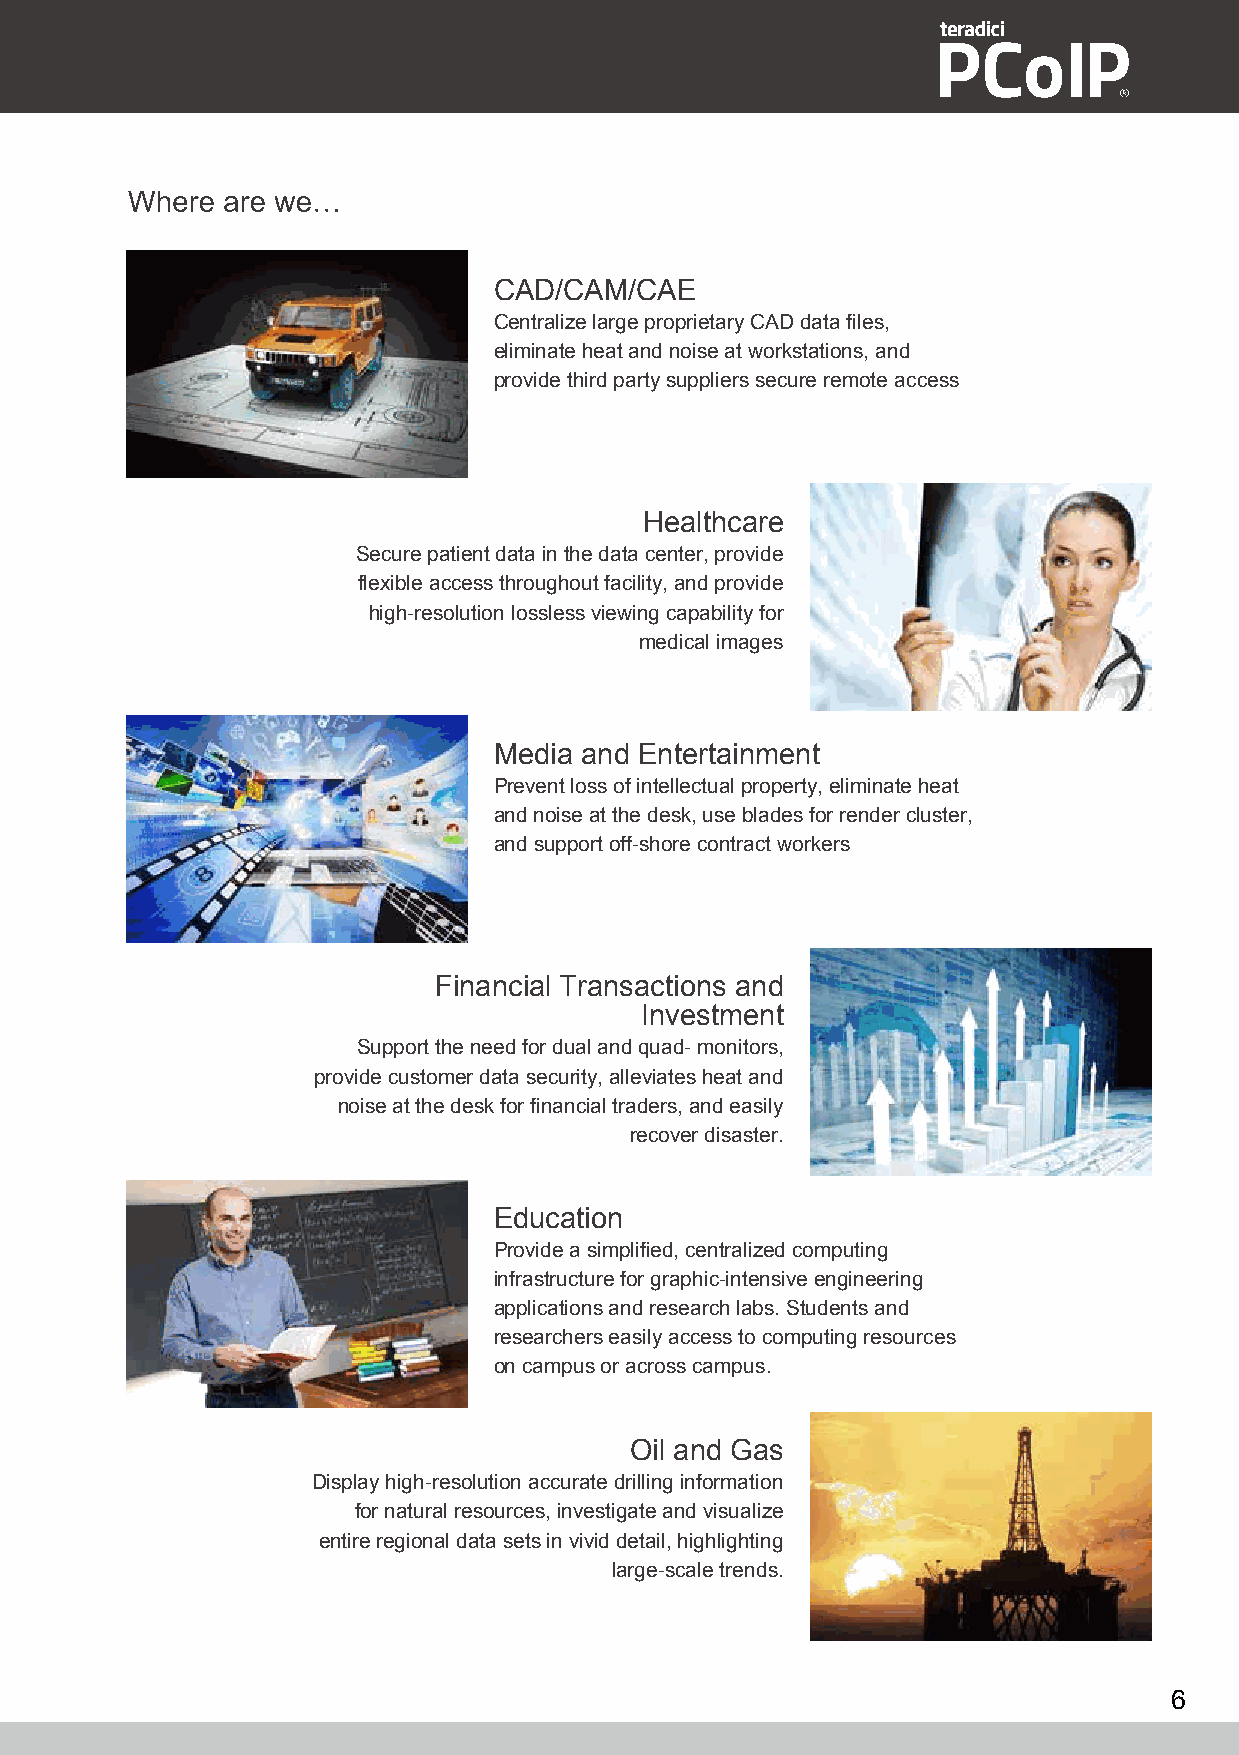
CAD/CAM/CAE
 Centralize large proprietary CAD data files,
 eliminate heat and noise at workstations, and
 provide third party suppliers secure remote access
 Healthcare
 Secure patient data in the data center, provide
 flexible access throughout facility, and provide
 high-resolution lossless viewing capability for
 medical images
 Media and Entertainment
 Prevent loss of intellectual property, eliminate heat
 and noise at the desk, use blades for render cluster,
 and support off-shore contract workers
 Financial Transactions and
 Investment
 Support the need for dual and quad- monitors,
 provide customer data security, alleviates heat and
 noise at the desk for financial traders, and easily
 recover disaster.
 Education
 Provide a simplified, centralized computing
 infrastructure for graphic-intensive engineering
 applications and research labs. Students and
 researchers easily access to computing resources
 on campus or across campus.
 Oil and Gas
 Display high-resolution accurate drilling information
 for natural resources, investigate and visualize
 entire regional data sets in vivid detail, highlighting
 large-scale trends.
 6